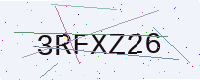
Text: 3RFXZ26